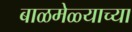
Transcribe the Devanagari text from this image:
बाळमेळ्याच्या